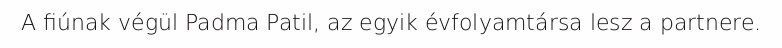
A fiúnak végül Padma Patil, az egyik évfolyamtársa lesz a partnere.